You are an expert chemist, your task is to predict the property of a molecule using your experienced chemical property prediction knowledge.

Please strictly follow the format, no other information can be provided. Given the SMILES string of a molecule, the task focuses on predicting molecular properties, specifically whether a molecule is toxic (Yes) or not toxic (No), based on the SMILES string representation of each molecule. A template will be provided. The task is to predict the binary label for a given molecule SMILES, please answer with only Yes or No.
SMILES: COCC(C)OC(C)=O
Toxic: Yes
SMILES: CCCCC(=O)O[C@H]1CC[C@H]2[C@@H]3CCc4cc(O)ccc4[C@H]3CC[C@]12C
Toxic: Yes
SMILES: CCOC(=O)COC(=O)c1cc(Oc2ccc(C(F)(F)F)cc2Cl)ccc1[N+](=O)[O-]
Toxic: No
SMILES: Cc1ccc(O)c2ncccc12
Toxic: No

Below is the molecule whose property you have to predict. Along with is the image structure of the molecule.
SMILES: ClC=C(Cl)Cl
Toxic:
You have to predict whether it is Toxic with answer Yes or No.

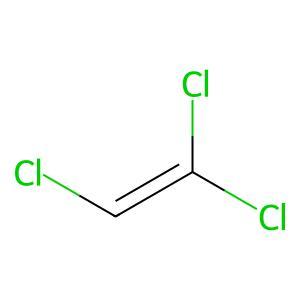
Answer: No